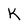
Character: K